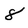
Character: 8